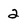
Character: 2